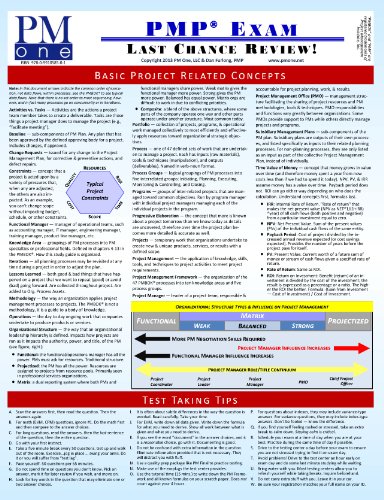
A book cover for PMP Exam Last Chance Review (PMP Quick Reference Poster); Dan Furlong; Test Preparation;